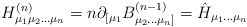
\begin{align*}H^{(n)}_{\mu_1 \mu_2 \ldots \mu_n} =n \partial_{[\mu_1} B^{(n-1)} _{\mu_2 \ldots \mu_n]} = \hat{H}_{\mu_1 \ldots \mu_n}\end{align*}